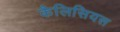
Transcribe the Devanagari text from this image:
कैलिसियस